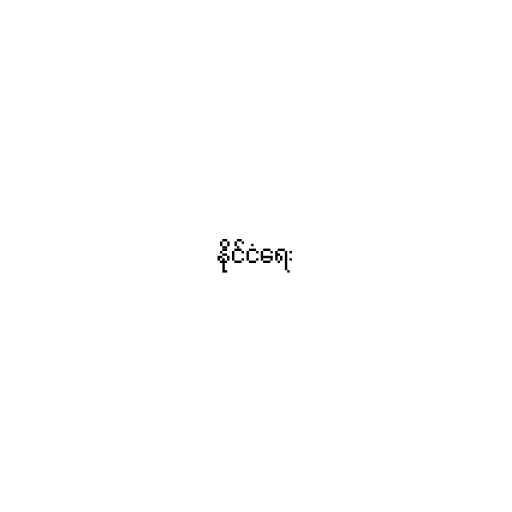
နိုင်ငံရေး